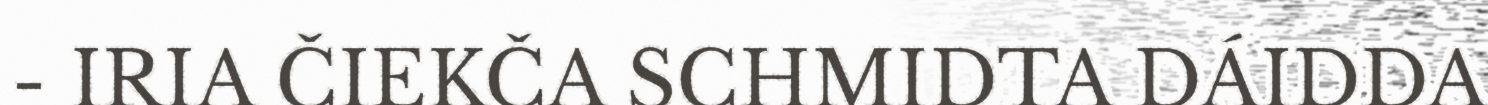
- IRIA ČIEKČA SCHMIDTA DÁIDDA